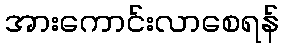
အားကောင်းလာစေရန်